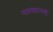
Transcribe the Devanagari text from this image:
नातवंडांनाही